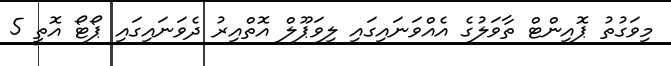
މިވަގުތު ޕޮއިންޓް ތާވަލުގެ އެއްވަނައިގައި ލިވަޕޫލް އޮތްއިރު ދެވަނައިގައި ޕޯޓޯ އޮތީ 5